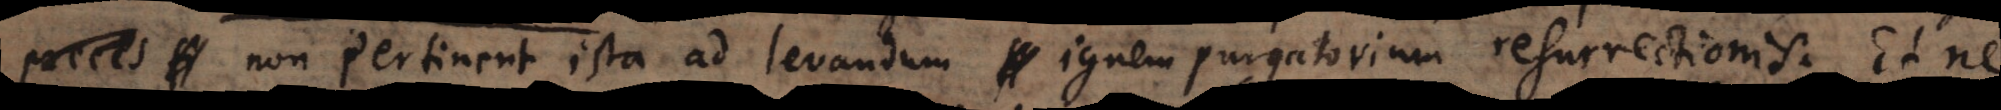
non pertinent ista ad levandum ignem purgatorium resurrectionis. Et ne